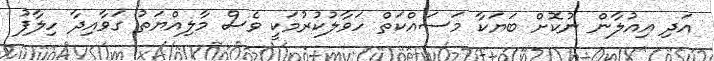
އަދި އިއުލާން ނުކޮށް ބަޔަކާ މަސައްކަތް ހަވާލުކުރުމަކީ ވެސް މާލިއްޔަތު ގަވާއިދާ ހިލާފު